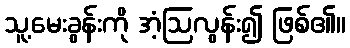
သူ့မေးခွန်းကို အံ့ဩလွန်း၍ ဖြစ်၏။